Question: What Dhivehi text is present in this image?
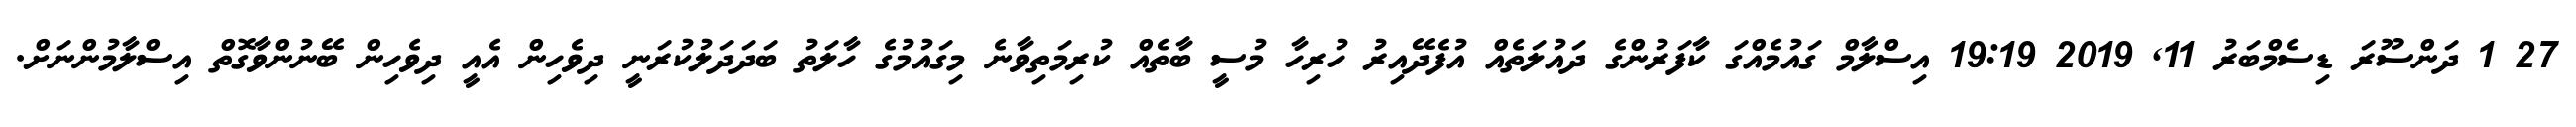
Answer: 27 1 ދަންސޫރަ ޑިސެމްބަރު 11, 2019 19:19 އިސްލާމް ގައުމެއްގަ ކާފަރުންގެ ދައުލަތެއް އުފެދޭއިރު ހުރިހާ މުސީ ބާތެއް ކުރިމަތިވާނެ މިގައުމުގެ ހާލަތު ބަދަދަލުކުރަނީ ދިވެހިން އެއީ ދިވެހިން ބޭނުންވާގޮތް އިސްލާމުންނަށް.